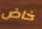
خاض